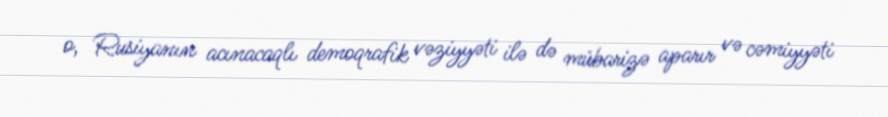
o, Rusiyanın acınacaqlı demoqrafik vəziyyəti ilə də mübarizə aparır və cəmiyyəti